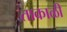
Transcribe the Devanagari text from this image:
ताकाळी